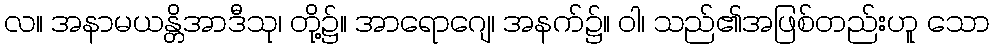
လ။ အနာမယန္တိအာဒီသု၊ တို့၌။ အာရောဂျေ၊ အနက်၌။ ဝါ၊ သည်၏အဖြစ်တည်းဟူ သော